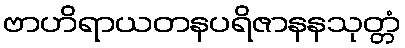
ဗာဟိရာယတနပရိဇာနနသုတ္တံ